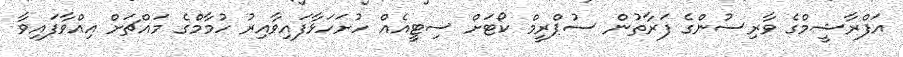
އަފްރާޝީމްގެ ވާރިސުންގެ ފަރާތުން ސުޕްރީމް ކޯޓަށް ސިޓީއެއް ހުށަހަޅާފައިވާއިރު ހުމާމްގެ މައްޗަށް އިއްވާފައިވާ